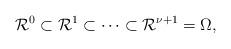
LaTeX: \begin{align*}\mathcal R^0\subset\mathcal R^1\subset\cdots\subset\mathcal R^{\nu+1}=\Omega,\end{align*}